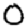
Digit: 0